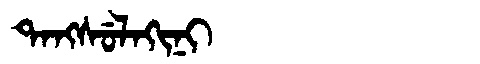
Manchu: ᡨᠠᠩᠰᡠᠯᠠᡴᡳᠨᡳ
Romanization: TANGSULAKINI